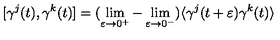
[ \gamma ^ { j } ( t ) , \gamma ^ { k } ( t ) ] = ( \lim _ { \varepsilon \to 0 ^ { + } } - \lim _ { \varepsilon \to 0 ^ { - } } ) \langle \gamma ^ { j } ( t + \varepsilon ) \gamma ^ { k } ( t ) \rangle